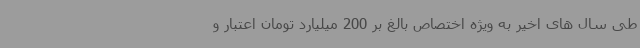
طی سال های اخیر به ویژه اختصاص بالغ بر 200 میلیارد تومان اعتبار و